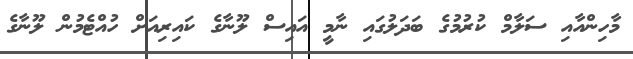
މާހިންއާއި ސަލާމް ކުރުމުގެ ބަދަލުގައި ނާމީ އައިސް ލޫނާގެ ކައިރިއަށް ހުއްޓެމުން ލޫނާގެ